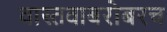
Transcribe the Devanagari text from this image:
वास्तवाबरोबरच